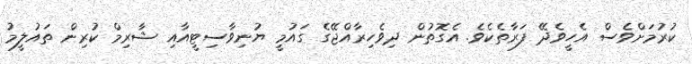
ކުރުމަށްވެސް އެހީވެދޭ ފަރާތެކެވެ. އެގޮތުން ދިވެހިރާއްޖޭގެ ގައުމީ ޔުނިވާސިޓީއާއި ޝާރިމް ކުރިން ތައުލީމު